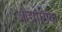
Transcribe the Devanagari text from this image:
औद्योगिक